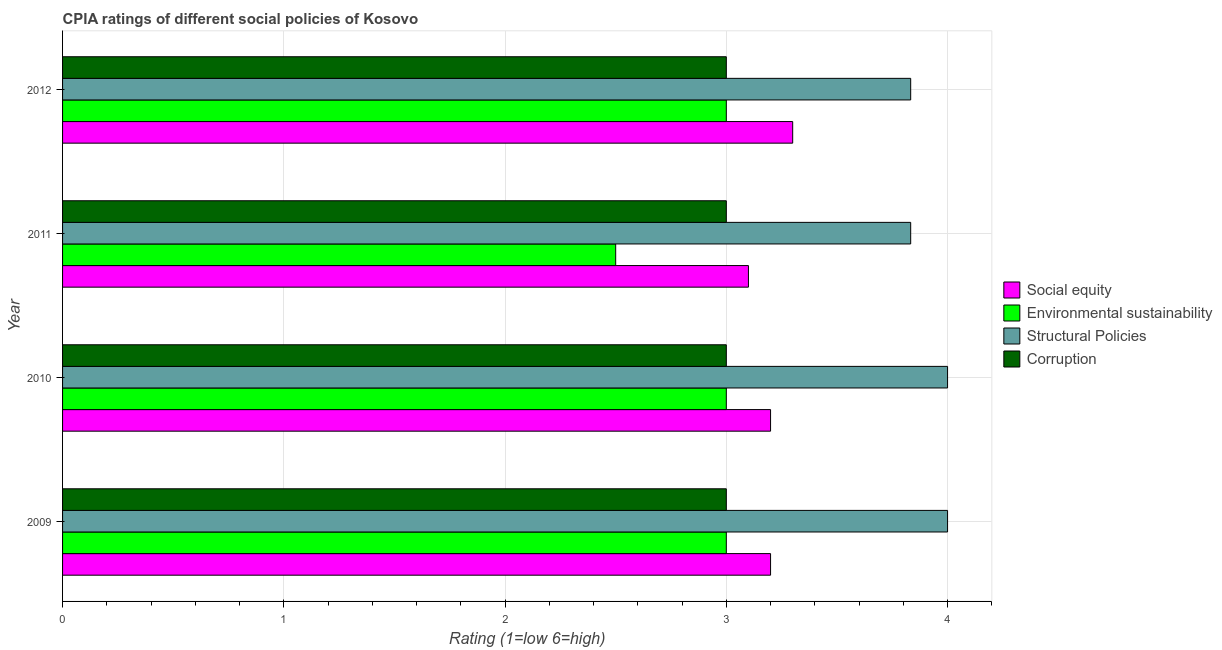
| Year | Social equity | Environmental sustainability | Structural Policies | Corruption |
 | --- | --- | --- | --- | --- |
 | 2009 | 3.2 | 3 | 4 | 3 |
 | 2010 | 3.2 | 3 | 4 | 3 |
 | 2011 | 3.1 | 2.5 | 3.83 | 3 |
 | 2012 | 3.3 | 3 | 3.83 | 3 |